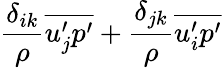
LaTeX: \frac{\delta_{ik}}{\rho}\overline{{u_{j}^{\prime}p^{\prime}}}+\frac{\delta_{jk}}{\rho}\overline{{u_{i}^{\prime}p^{\prime}}}